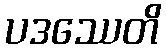
ပဒဿေတိ